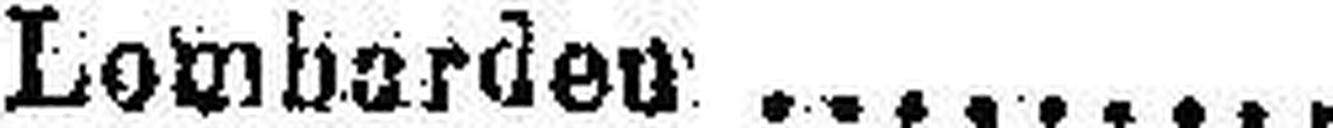
Lomborden